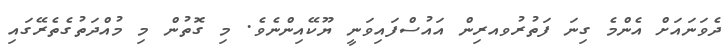
ދެވަނައަށް އެންމެ ގިނަ ފަތުރުވއރިން އައުސްފައިވަނީ ޔޫކޭއިންނެވެ. މި ގޮތުން މި މުއްދަތުގެތެރޭގައި